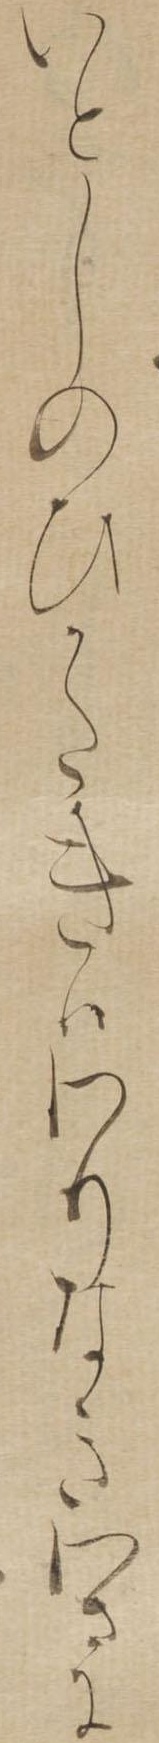
いとしのひかたきはわりなきわさに